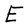
Character: E